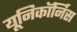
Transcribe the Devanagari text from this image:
यूनिकॉर्निस